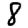
Digit: 8